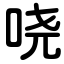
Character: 哓